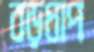
বড়ধাপ